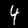
Digit: 4